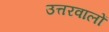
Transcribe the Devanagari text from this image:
उत्तरवालों